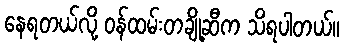
နေရတယ်လို့ ဝန်ထမ်းတချို့ဆီက သိရပါတယ်။